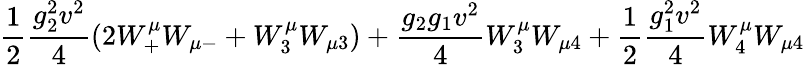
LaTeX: \frac 12{\frac{g_{2}^{2}v^{2}}{4}}(2W_{+}^{\mu}W_{\mu-}+W_{3}^{\mu}W_{\mu 3})+{\frac{g_{2}g_{1}v^{2}}{4}}W_{3}^{\mu}W_{\mu 4}+\frac 12{\frac{g_{1}^{2}v^{2}}{4}}W_{4}^{\mu}W_{\mu 4}